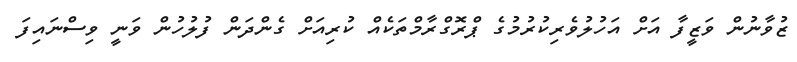
ޒުވާނުން ވަޒީފާ އަށް އަހުލުވެރިކުރުމުގެ ޕްރޮގްރާމްތަކެއް ކުރިއަށް ގެންދަން ފުލުހުން ވަނީ ވިސްނައިފަ